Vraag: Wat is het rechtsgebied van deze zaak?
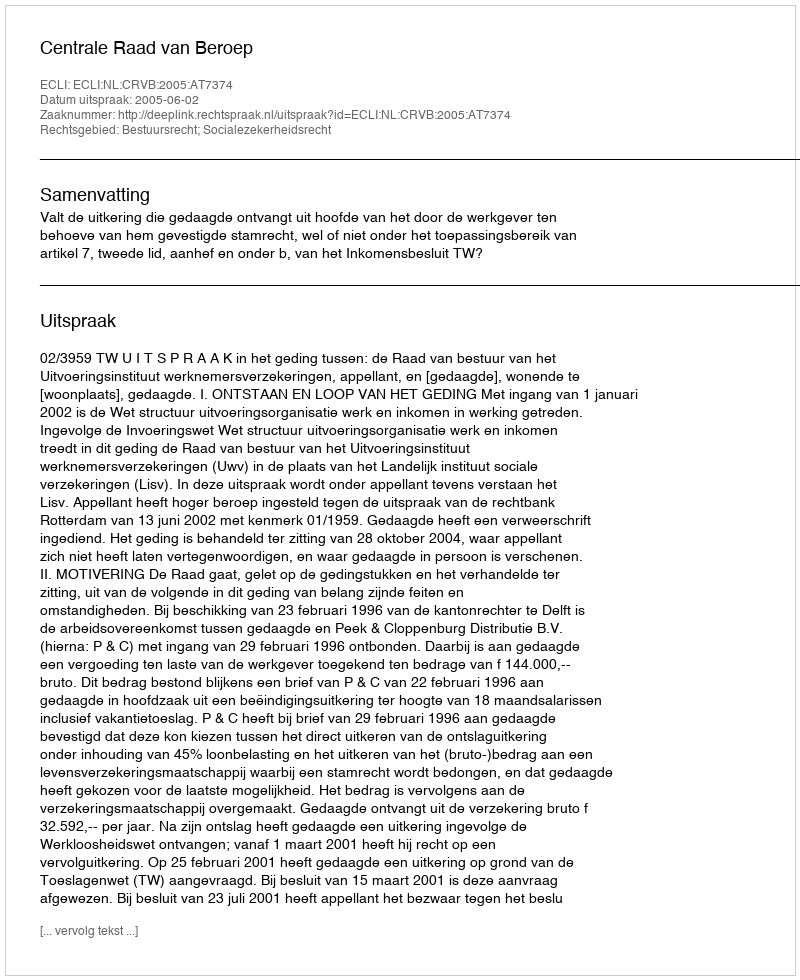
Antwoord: Bestuursrecht; Socialezekerheidsrecht